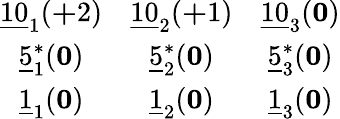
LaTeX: \begin{array}{ccc}{{\underline{{{10}}}_{1}({\mathbf+2})}}&{{\underline{{{10}}}_{2}({\mathbf+1})}}&{{\underline{{{10}}}_{3}({\mathbf 0})}}\\ {{\underline{{{5}}}_{1}^{*}({\mathbf 0})}}&{{\underline{{{5}}}_{2}^{*}({\mathbf 0})}}&{{\underline{{{5}}}_{3}^{*}({\mathbf 0})}}\\ {{\underline{{{1}}}_{1}({\mathbf 0})}}&{{\underline{{{1}}}_{2}({\mathbf 0})}}&{{\underline{{{1}}}_{3}({\mathbf 0})}}\end{array}